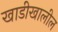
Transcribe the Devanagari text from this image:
खाडीखालील